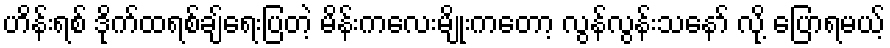
ဟိန်းရစ် ဒိုက်ထရစ်ချ်ရေးပြတဲ့ မိန်းကလေးမျိုးကတော့ လွန်လွန်းသနော် လို့ ပြောရမယ့်